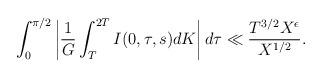
LaTeX: \begin{align*}\int_0^{\pi/2}\left|\frac{1}{G}\int_T^{2T}I(0,\tau,s)dK\right|d\tau\ll\frac{T^{3/2}X^{\epsilon}}{X^{1/2}}.\end{align*}